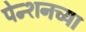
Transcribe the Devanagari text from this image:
पेन्शनच्या